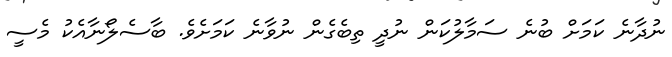
ނުދާނެ ކަމަށް ބުނެ ސަމާލުކަން ނުދީ ތިބެގެން ނުވާނެ ކަމަށެވެ. ބާސެލޯނާއެކު މެސީ